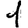
Digit: 1